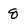
Character: 8